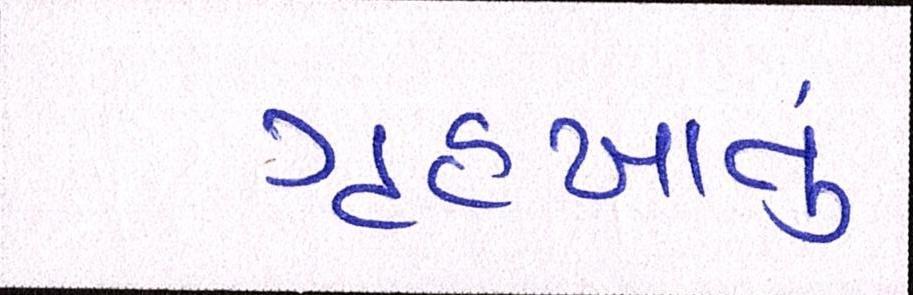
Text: ગૃહખાતું